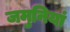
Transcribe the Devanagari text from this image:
जमुनियां